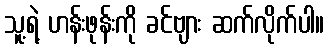
သူ့ရဲ့ ဟန်းဖုန်းကို ခင်ဗျား ဆက်လိုက်ပါ။